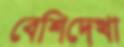
বেশিদেখা